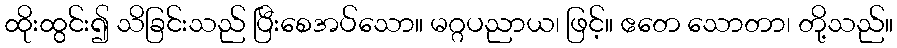
ထိုးထွင်း၍ သိခြင်းသည် ပြီးစေအပ်သော။ မဂ္ဂပညာယ၊ ဖြင့်။ ဧတေ သောတာ၊ တို့သည်။